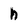
Character: h